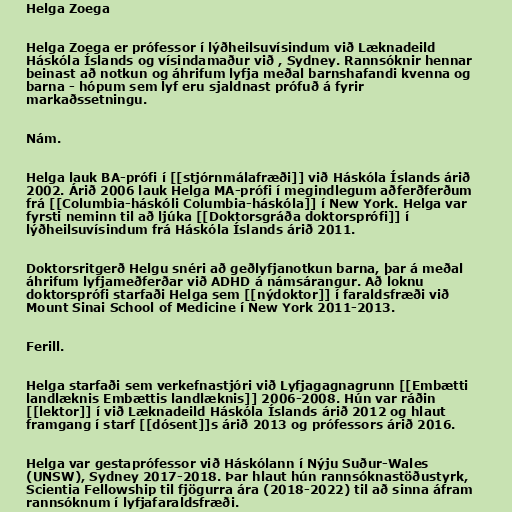
Helga Zoega

Helga Zoega er prófessor í lýðheilsuvísindum við Læknadeild
Háskóla Íslands og vísindamaður við , Sydney. Rannsóknir hennar
beinast að notkun og áhrifum lyfja meðal barnshafandi kvenna og
barna - hópum sem lyf eru sjaldnast prófuð á fyrir
markaðssetningu.

Nám.

Helga lauk BA-prófi í [[stjórnmálafræði]] við Háskóla Íslands árið
2002. Árið 2006 lauk Helga MA-prófi í megindlegum aðferðferðum
frá [[Columbia-háskóli Columbia-háskóla]] í New York. Helga var
fyrsti neminn til að ljúka [[Doktorsgráða doktorsprófi]] í
lýðheilsuvísindum frá Háskóla Íslands árið 2011.

Doktorsritgerð Helgu snéri að geðlyfjanotkun barna, þar á meðal
áhrifum lyfjameðferðar við ADHD á námsárangur. Að loknu
doktorsprófi starfaði Helga sem [[nýdoktor]] í faraldsfræði við
Mount Sinai School of Medicine í New York 2011-2013.

Ferill.

Helga starfaði sem verkefnastjóri við Lyfjagagnagrunn [[Embætti
landlæknis Embættis landlæknis]] 2006-2008. Hún var ráðin
[[lektor]] í við Læknadeild Háskóla Íslands árið 2012 og hlaut
framgang í starf [[dósent]]s árið 2013 og prófessors árið 2016.

Helga var gestaprófessor við Háskólann í Nýju Suður-Wales
(UNSW), Sydney 2017-2018. Þar hlaut hún rannsóknastöðustyrk,
Scientia Fellowship til fjögurra ára (2018-2022) til að sinna áfram
rannsóknum í lyfjafaraldsfræði.